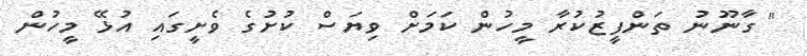
" ގާނޫނު ތަންފީޒުކުރާ މީހުން ކަމަށް ވިޔަސް ކުށުގެ ވެށީގައި އުޅޭ މީހުން